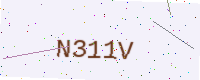
Text: N311V